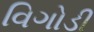
વિગોડી